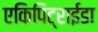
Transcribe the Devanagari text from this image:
एकिपिट्राईडा